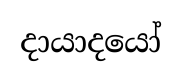
දායාදයෝ